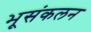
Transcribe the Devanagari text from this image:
भूसंकलन